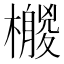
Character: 𣞛